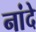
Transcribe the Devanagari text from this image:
नांदे